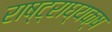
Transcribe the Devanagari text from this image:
राष्ट्राघ्यक्ष